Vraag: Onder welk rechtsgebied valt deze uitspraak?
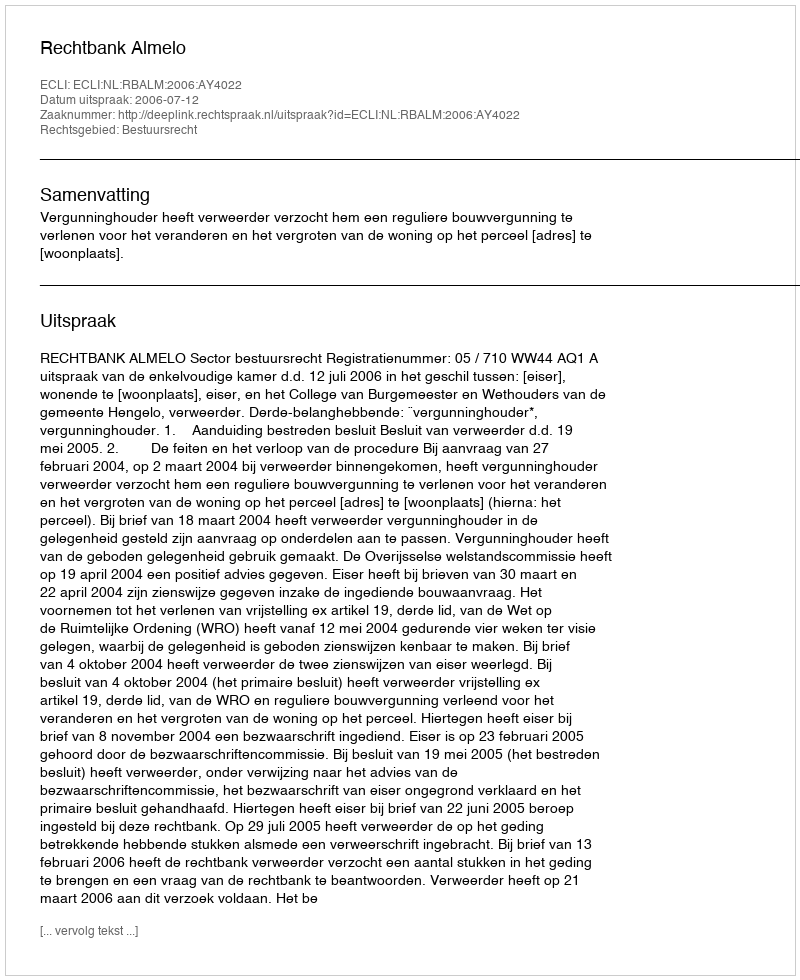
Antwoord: Bestuursrecht